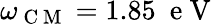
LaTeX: \omega_{\mathrm{~C~M~}}=1.85\ \mathrm{~e~V~}